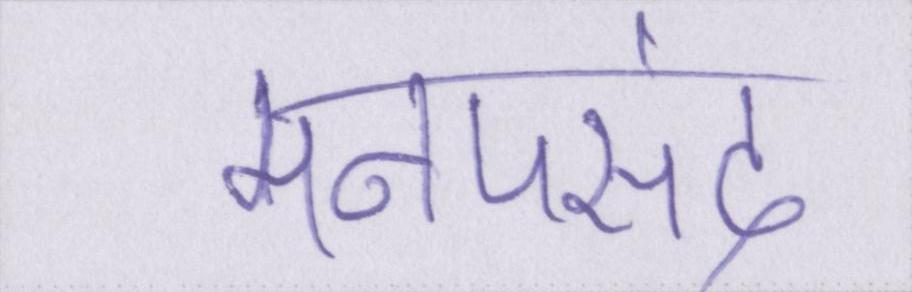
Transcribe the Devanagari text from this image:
मनपसंद